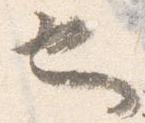
也